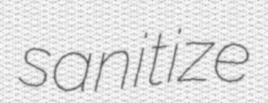
sanitize